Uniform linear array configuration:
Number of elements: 24
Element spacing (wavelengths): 0.5
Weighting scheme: hann
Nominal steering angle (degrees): -30
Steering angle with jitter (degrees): -31.074
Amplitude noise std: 0.05
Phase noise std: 0.05

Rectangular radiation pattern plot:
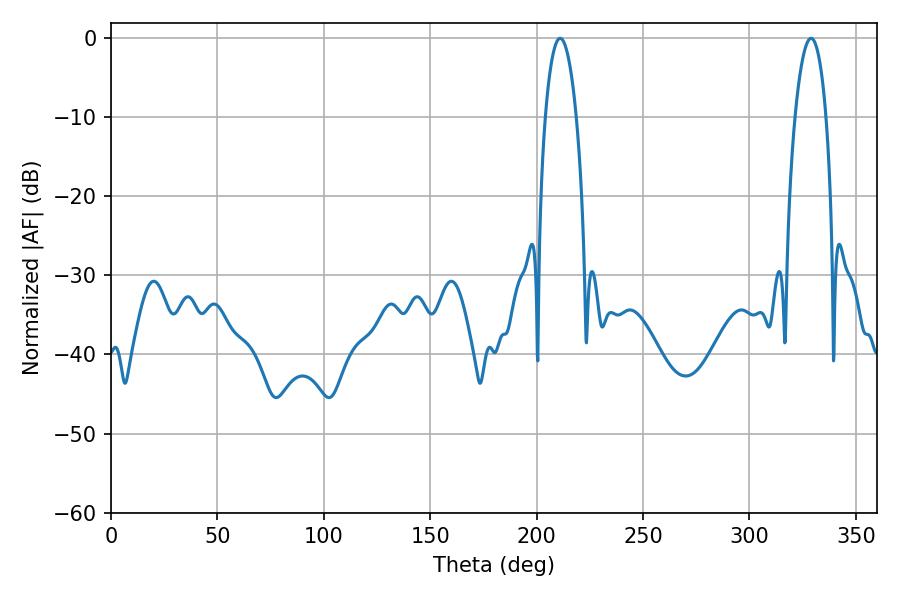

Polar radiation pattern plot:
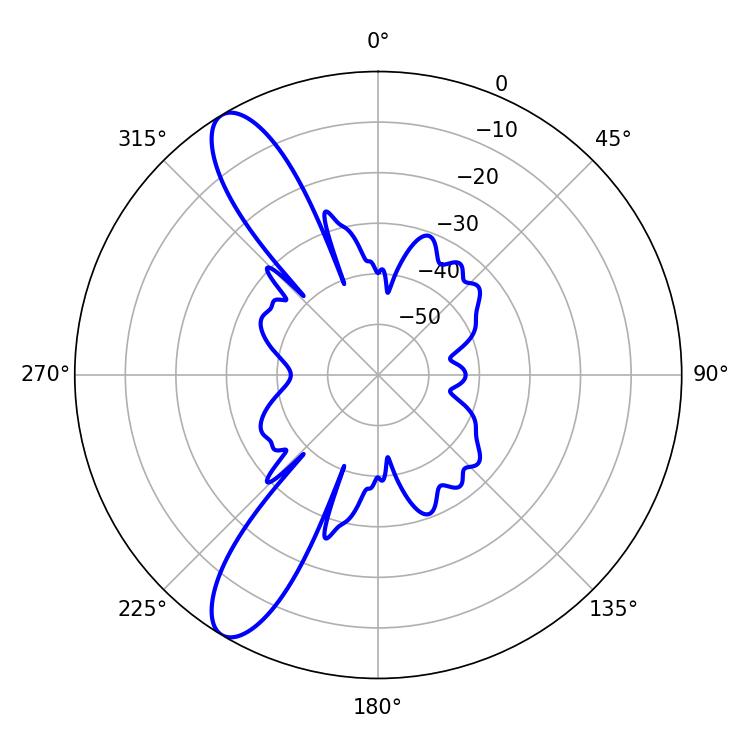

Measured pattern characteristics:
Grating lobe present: FALSE
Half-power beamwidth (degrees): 8.28
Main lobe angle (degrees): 210.96